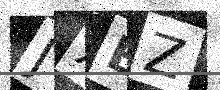
Text: JXBZ